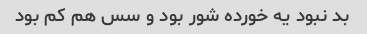
بد نبود یه خورده شور بود و سس هم کم بود